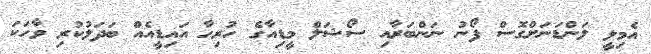
އެމިލީ ލަންޑަނަށްގޮސް ފޯނު ނަންބަރާއި ސޯޝަލް މީޑިއާގެ ހުރިހާ އައިޑީއެއް ބަދަލުކުރި ވާހަކަ